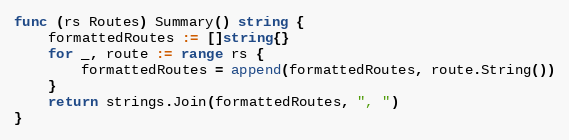
Language: Go
func (rs Routes) Summary() string {
	formattedRoutes := []string{}
	for _, route := range rs {
		formattedRoutes = append(formattedRoutes, route.String())
	}
	return strings.Join(formattedRoutes, ", ")
}